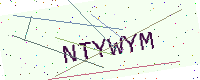
Text: NTYWYM